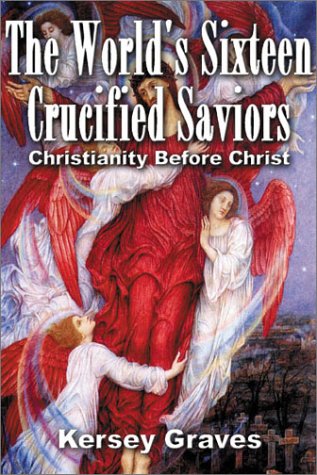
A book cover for The World's Sixteen Crucified Saviours Christianity Before Christ; Kersey Graves; Literature & Fiction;